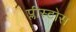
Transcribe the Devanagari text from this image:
प्लीस्टोस